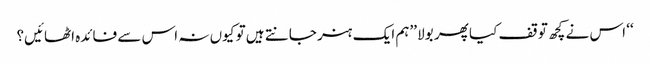
‘‘ اس نے کچھ توقف کیا پھر بولا ’’ہم ایک ہنر جانتے ہیں تو کیوں نہ اس سے فائدہ اٹھائیں؟